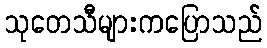
သုတေသီများကပြောသည်